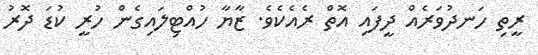
ރީތި ހަނދުވަރެެއް ދީފައި އޮތް ރެއެކެވެ. ޒާޔާ ހުއްޓިލައިގެން ހުރީ ކުޑަ ދޮރު